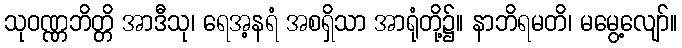
သုဝဏ္ဏဘိတ္တိ အာဒီသု၊ ရေအ့နရံ အစရှိသာ အာရုံတို့၌။ နာဘိရမတိ၊ မမွေ့လျော်။